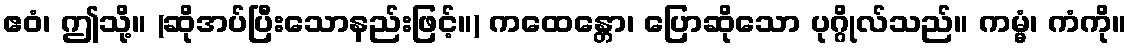
ဧဝံ၊ ဤသို့။ (ဆိုအပ်ပြီးသောနည်းဖြင့်။) ကထေန္တော၊ ပြောဆိုသော ပုဂ္ဂိုလ်သည်။ ကမ္မံ၊ ကံကို။